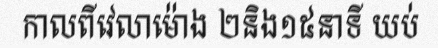
កាលពីវេលាម៉ោង ២និង១៥នាទី យប់